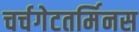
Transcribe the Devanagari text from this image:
चर्चगेटतर्मिनस